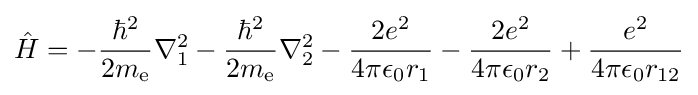
{\hat {H}}=-{\frac {\hbar ^{2}}{2m_{\text{e}}}}\nabla _{1}^{2}-{\frac {\hbar ^{2}}{2m_{\text{e}}}}\nabla _{2}^{2}-{\frac {2e^{2}}{4\pi \epsilon _{0}r_{1}}}-{\frac {2e^{2}}{4\pi \epsilon _{0}r_{2}}}+{\frac {e^{2}}{4\pi \epsilon _{0}r_{12}}}